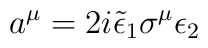
a^{\mu} = 2 i \tilde{\epsilon}_{1} \sigma^{\mu}\epsilon_{2}